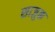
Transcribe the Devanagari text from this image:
साजुक